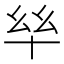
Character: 𫧠